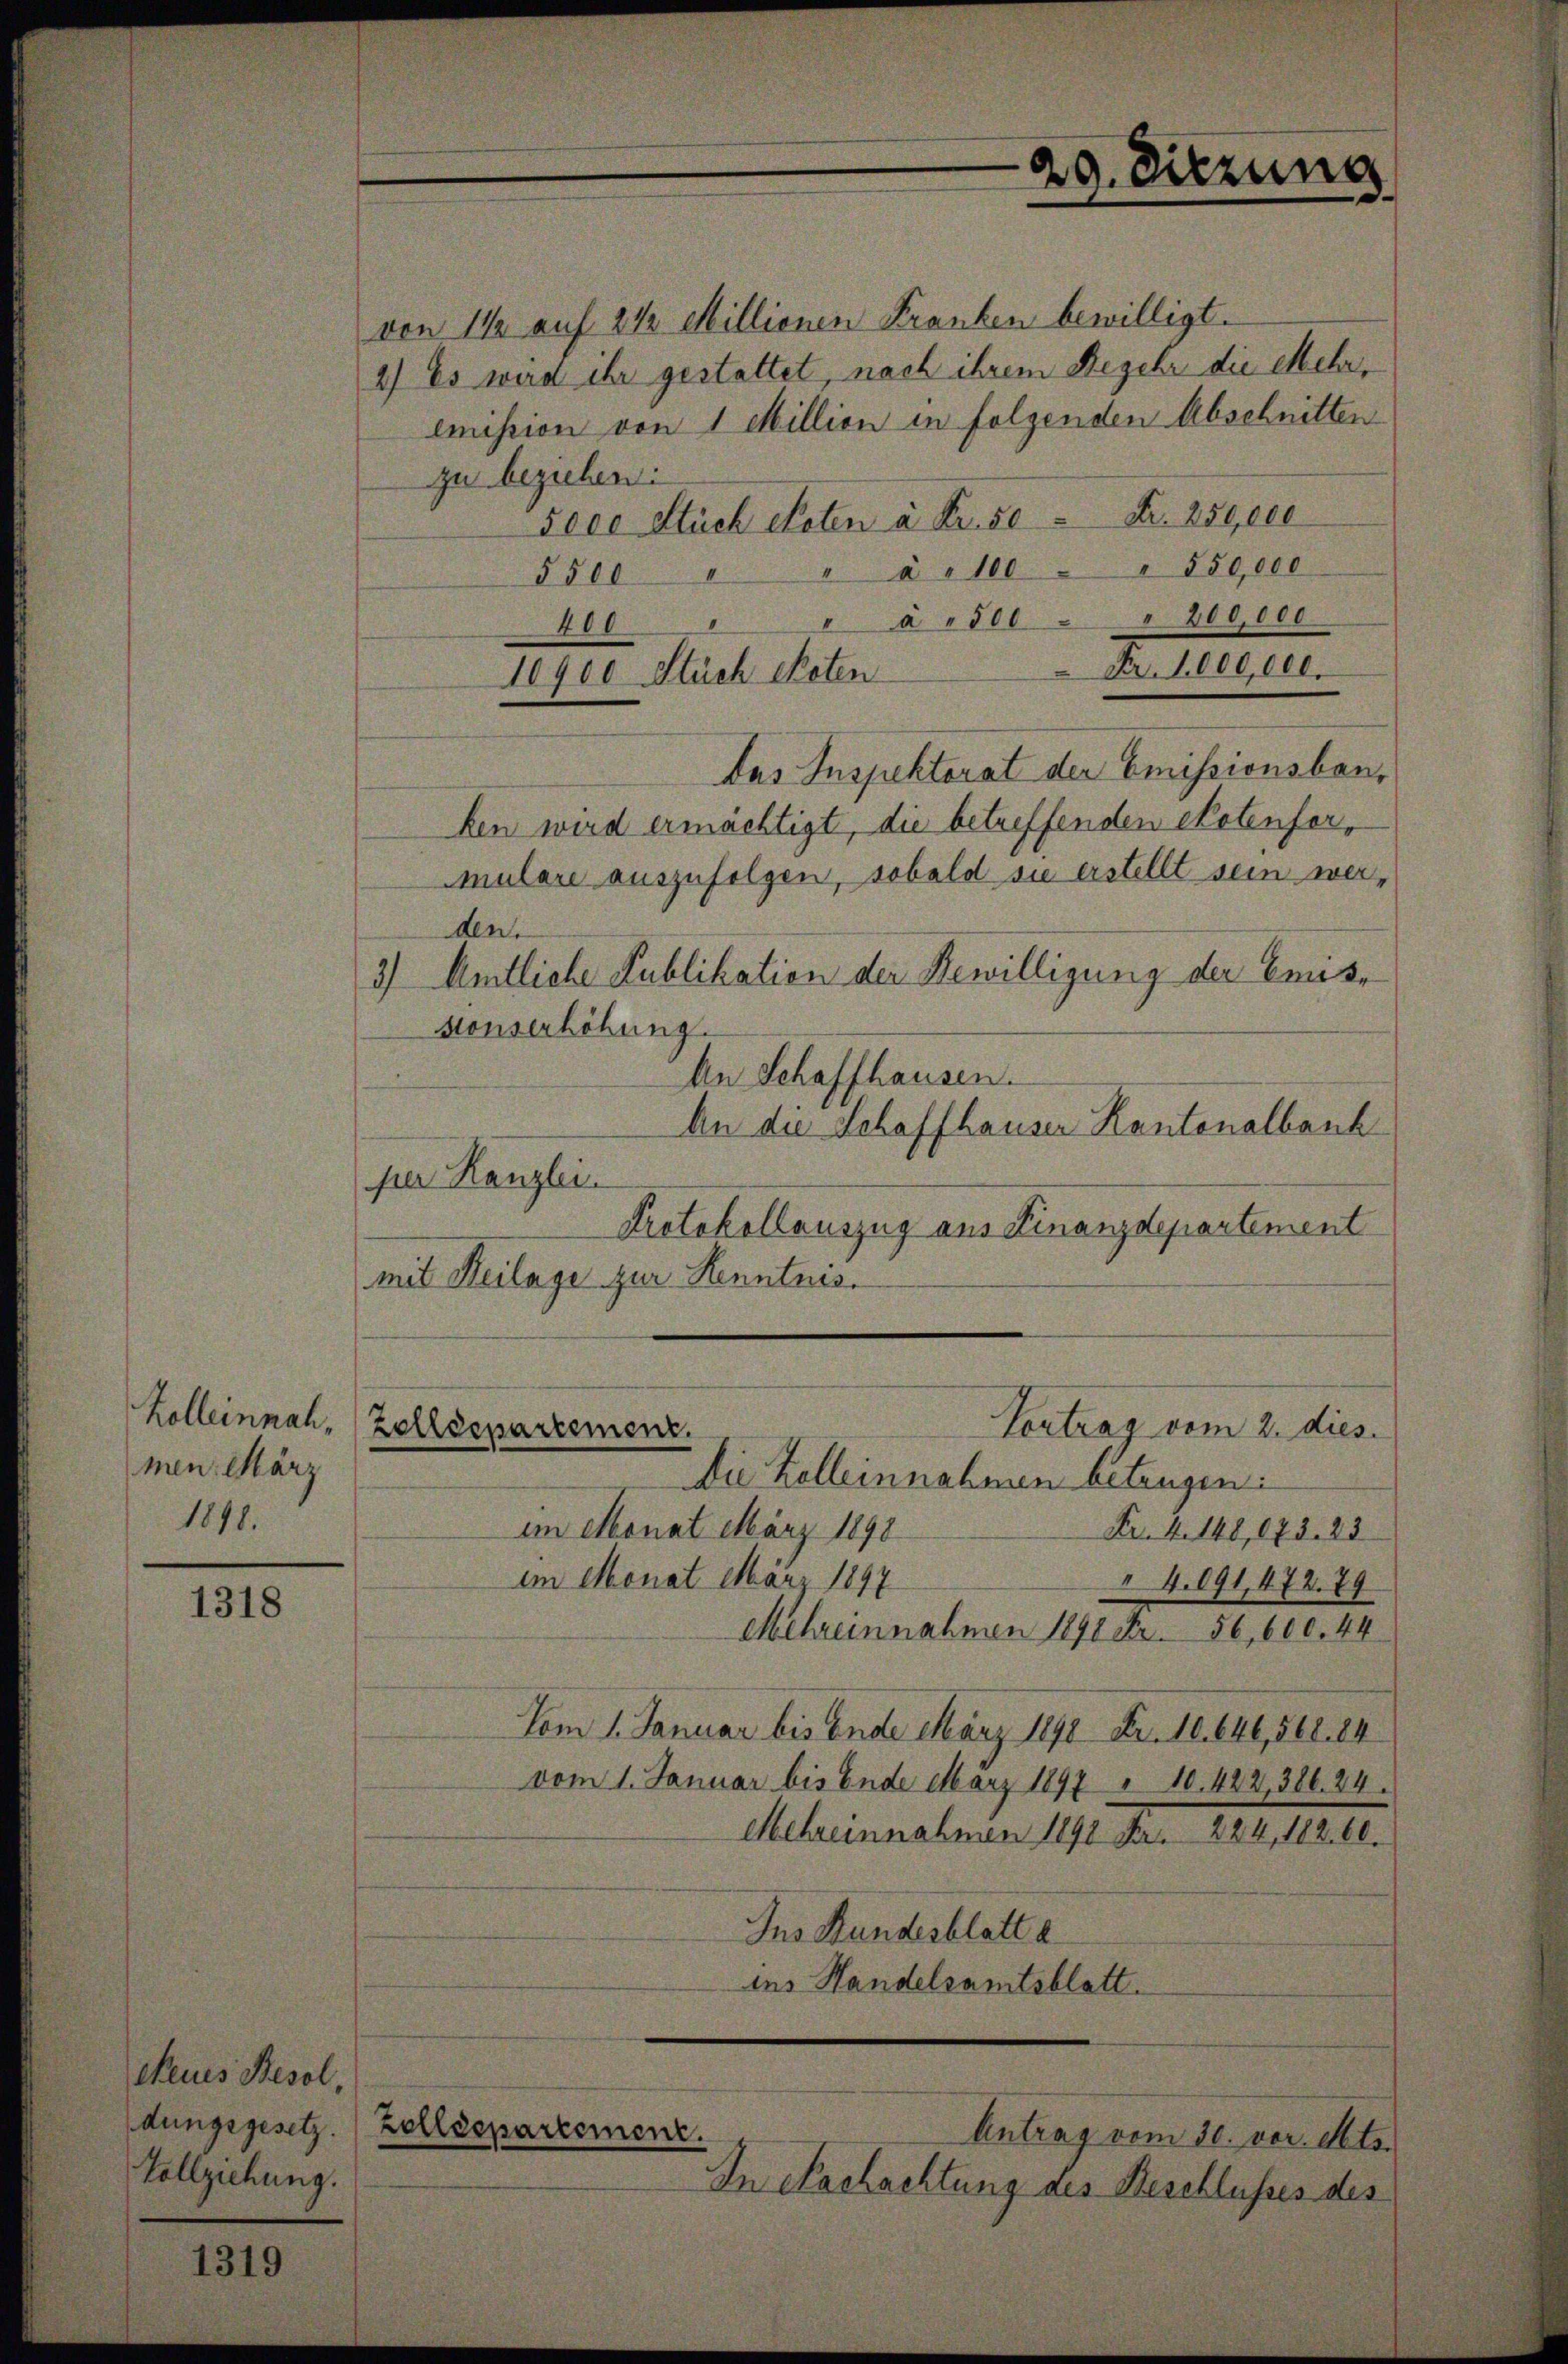
Kolleinnahmen. März
1848.

1318

1319

Neues Besol,
dungsgesetz. Zolldepartement.
Vollziehung.

von 112 auf 2 1/2 Millionen Franken bewilligt.
2) Es wird ihr gestattet, nach ihrem Begehr die Mehremission von 1 Million in folgenden Abschnitten
zu beziehen:
5000 Stück Noten à Kr. 50 Fr. 250,000
" à 100 " " 850,000
5500
"à " 500 " " 200000
400
Nr. 1000,000.
Das Inspektorat der Emissionsbau,
ben wird ermächtigt, die betreffenden Potenformulare auszufolgen, sobald sie erstellt sein werden.
3) Amtliche Publikation der Bewilligung der Emis-
konserhöhung.
An Schaffhausen.
An die Schaffhauser Kantonalbank
per Kanzlei.
Protokollauszug aus Finanzdepartement
mit Heilage zur Kenntnis.
Vortrag vom 2. dies
Zolldepartement.
Die Kolleinnahmen betrugen:
im Monat März 1890
Fr. 4. 148, 1873. 23
im Monat März 1897
4.191, 472. 79
Mehreinnahmen 1891 Fr. 56, 600. 44
Vom 1. Januar bis Ende März 1890 Fr. 10. 646, 560. 84
vom 1. Januar bis Ende März 1897 " 10. 422 386. 24.
Mehreinnahmen 1890 Fr. 224, 182. 60.
Ins Hundesblatt a
ins Handelsamtsblatt.

10900 Stück ekoten

Antrag vom 30. vor. Mts.
In Nachachtung des Beschlusses des

29. Dierung